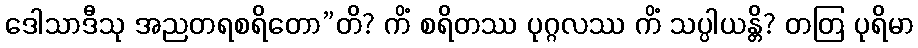
ဒေါသာဒီသု အညတရစရိတော”တိ? ကိံ စရိတဿ ပုဂ္ဂလဿ ကိံ သပ္ပါယန္တိ? တတြ ပုရိမာ